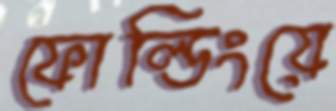
ফোল্ডিংয়ে